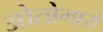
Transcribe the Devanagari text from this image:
ओतोमारो